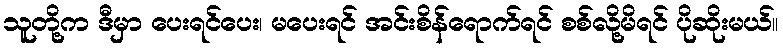
သူတို့က ဒီမှာ ပေးရင်ပေး၊ မပေးရင် အင်းစိန်ရောက်ရင် စစ်လို့မိရင် ပိုဆိုးမယ်။